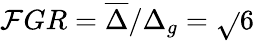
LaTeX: \mathcal{F}GR=\overline{{{\Delta}}}/\Delta_{g}=\sqrt{}{{6}}